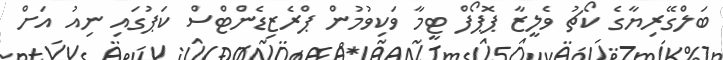
ބަލްގޭރިޔާގެ ކޯޗު ވެލީޒާ ޕޮޕޯފް ޓީމާ ވަކިވުމުން ޕްރެޒިޑެންޓްސް ކަޕުގައި ނިއު އަށް